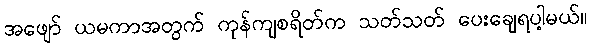
အဖျော် ယမကာအတွက် ကုန်ကျစရိတ်က သတ်သတ် ပေးချေရပါ့မယ်။